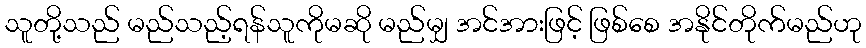
သူတို့သည် မည်သည့်ရန်သူကိုမဆို မည်မျှ အင်အားဖြင့် ဖြစ်စေ အနိုင်တိုက်မည်ဟု